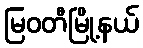
မြဝတီမြို့နယ်